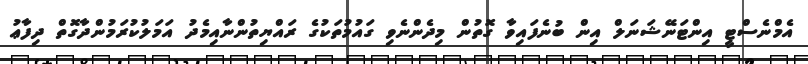
އެމްނެސްޓީ އިންޓަނޭޝަނަލް އިން ބުނެފައިވާ ގޮތުން މިދެންނެވި ގައުމުތަކުގެ ރައްޔިތުންނާއިމެދު އަމަލުކުރަމުންދާގޮތް ދިފާޢު